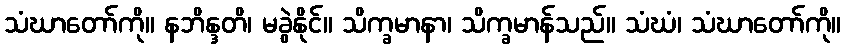
သံဃာတော်ကို။ နဘိန္ဒတိ၊ မခွဲနိုင်။ သိက္ခမာနာ၊ သိက္ခမာန်သည်။ သံဃံ၊ သံဃာတော်ကို။